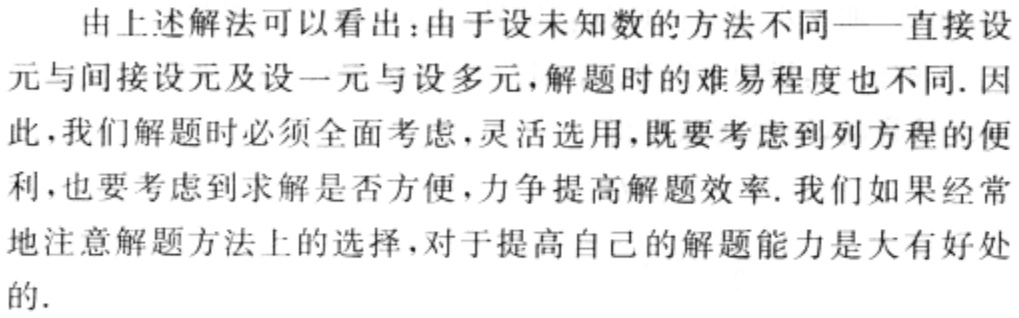
由上述解法可以看出：由于设未知数的方法不同——直接设元与间接设元及设一元与设多元，解题时的难易程度也不同. 因此，我们解题时必须全面考虑，灵活选用，既要考虑到列方程的便利，也要考虑到求解是否方便，力争提高解题效率. 我们如果经常地注意解题方法上的选择，对于提高自己的解题能力是大有好处的.